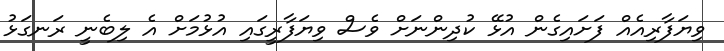
ވިޔަފާރިއެއް ފަށައިގެން އުޅޭ ކުދިންނަށް ވެސް ވިޔަފާރީގައި އުޅުމަށް އެ ލިބެނީ ރަނގަޅު